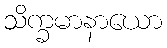
သိက္ခမာနာယော